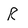
Character: R